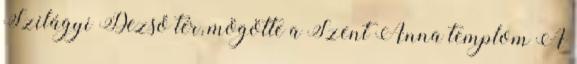
Szilágyi Dezső tér, mögötte a Szent Anna templom A